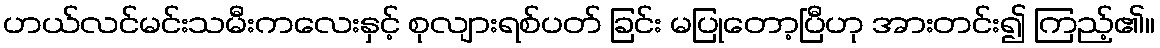
ဟယ်လင်မင်းသမီးကလေးနှင့် စုလျားရစ်ပတ် ခြင်း မပြုတော့ပြီဟု အားတင်း၍ ကြည့်၏။